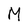
Character: M